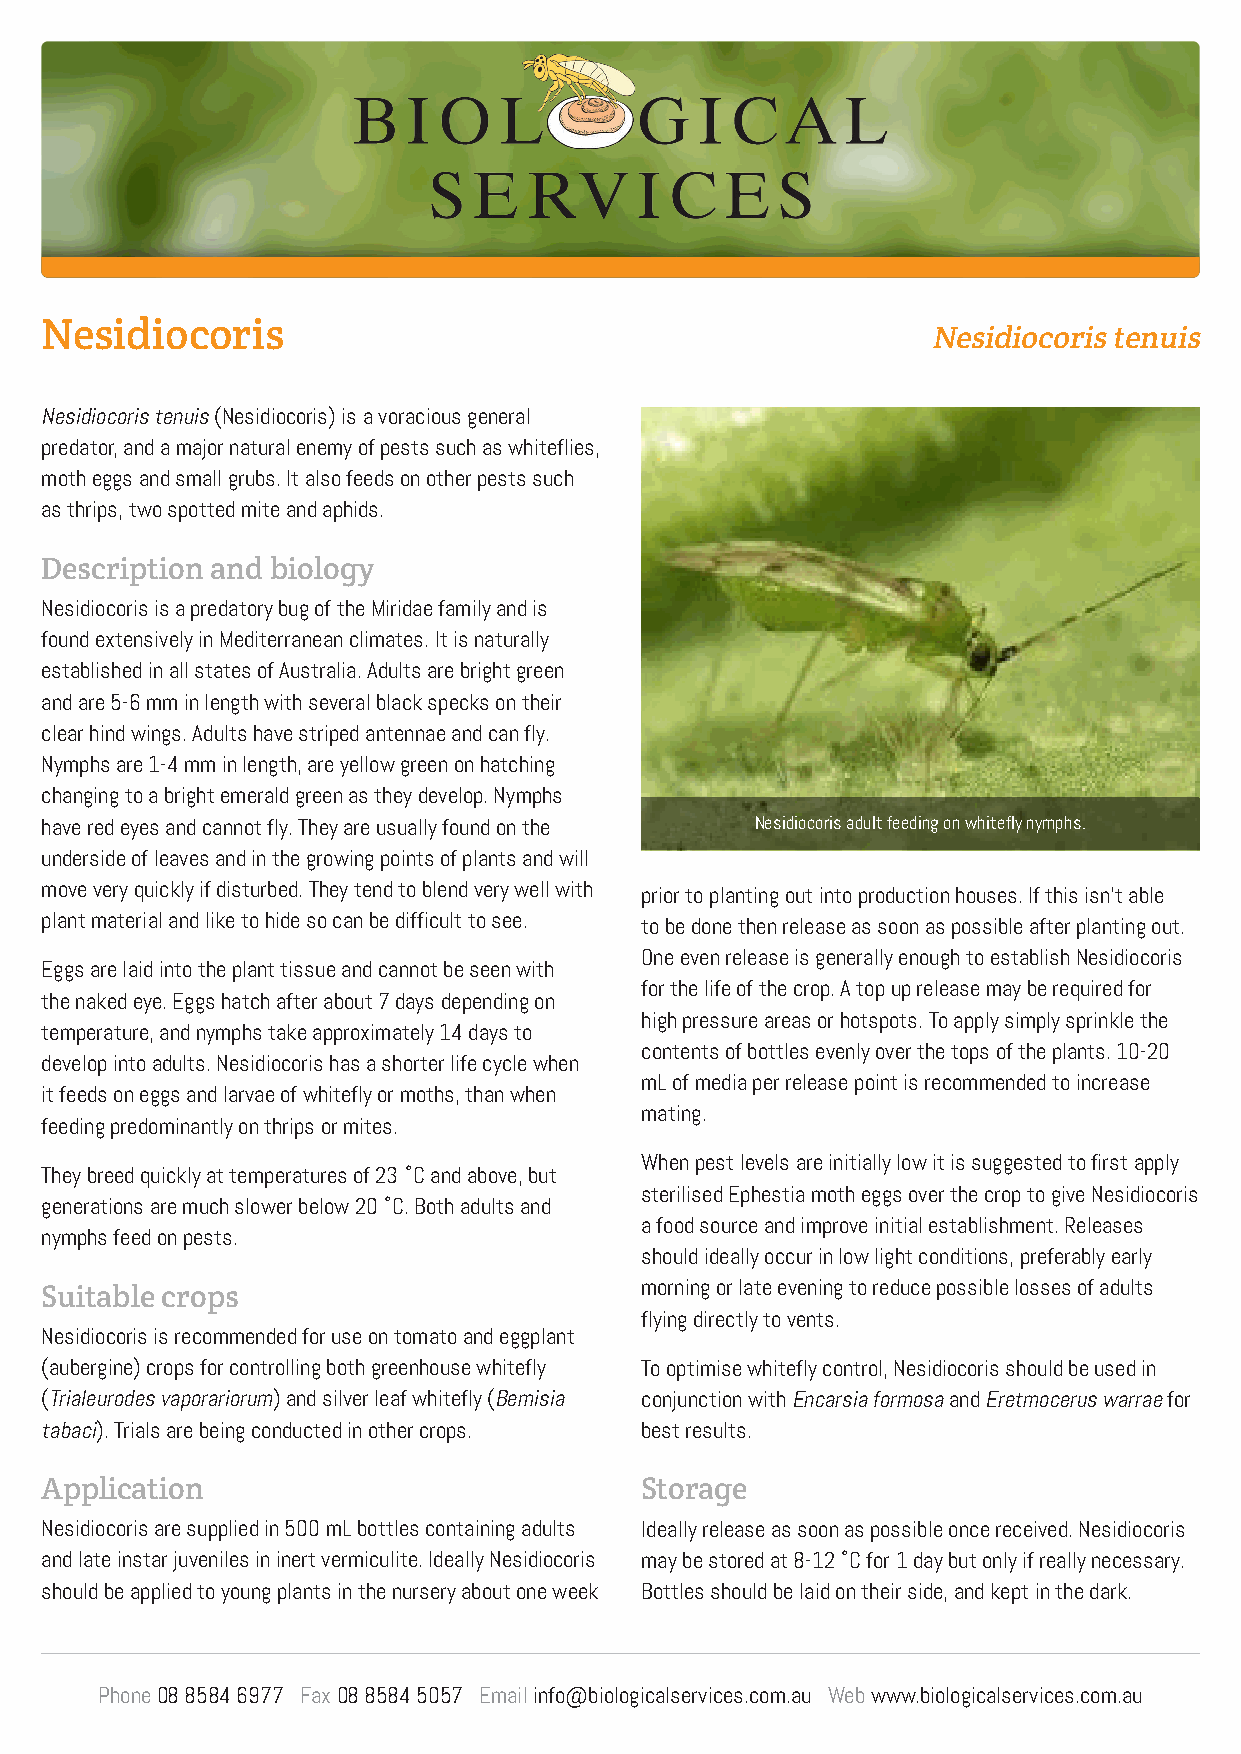
Nesidiocoris
 Nesidiocoris tenuis
 Nesidiocoris tenuis (Nesidiocoris) is a voracious general
 predator, and a major natural enemy of pests such as whiteflies,
 moth eggs and small grubs. It also feeds on other pests such
 as thrips, two spotted mite and aphids.
 Description and biology
 Nesidiocoris is a predatory bug of the Miridae family and is
 found extensively in Mediterranean climates. It is naturally
 established in all states of Australia. Adults are bright green
 and are 5-6 mm in length with several black specks on their
 clear hind wings. Adults have striped antennae and can fly.
 Nymphs are 1-4 mm in length, are yellow green on hatching
 changing to a bright emerald green as they develop. Nymphs
 have red eyes and cannot fly. They are usually found on the Nesidiocoris adult feeding on whitefly nymphs.
 underside of leaves and in the growing points of plants and will
 move very quickly if disturbed. They tend to blend very well with prior to planting out into production houses. If this isn’t able
 plant material and like to hide so can be difficult to see. to be done then release as soon as possible after planting out.
 One even release is generally enough to establish Nesidiocoris
 Eggs are laid into the plant tissue and cannot be seen with
 for the life of the crop. A top up release may be required for
 the naked eye. Eggs hatch after about 7 days depending on
 high pressure areas or hotspots. To apply simply sprinkle the
 temperature, and nymphs take approximately 14 days to
 contents of bottles evenly over the tops of the plants. 10-20
 develop into adults. Nesidiocoris has a shorter life cycle when
 mL of media per release point is recommended to increase
 it feeds on eggs and larvae of whitefly or moths, than when
 mating.
 feeding predominantly on thrips or mites.
 When pest levels are initially low it is suggested to first apply
 They breed quickly at temperatures of 23 ˚C and above, but
 sterilised Ephestia moth eggs over the crop to give Nesidiocoris
 generations are much slower below 20 ˚C. Both adults and
 a food source and improve initial establishment. Releases
 nymphs feed on pests.
 should ideally occur in low light conditions, preferably early
 Suitable crops                         morning or late evening to reduce possible losses of adults
 flying directly to vents.
 Nesidiocoris is recommended for use on tomato and eggplant
 (aubergine) crops for controlling both greenhouse whitefly To optimise whitefly control, Nesidiocoris should be used in
 (Trialeurodes vaporariorum) and silver leaf whitefly (Bemisia conjunction with Encarsia formosa and Eretmocerus warrae for
 tabaci). Trials are being conducted in other crops. best results.
 Application                            Storage
 Nesidiocoris are supplied in 500 mL bottles containing adults Ideally release as soon as possible once received. Nesidiocoris
 and late instar juveniles in inert vermiculite. Ideally Nesidiocoris may be stored at 8-12 ˚C for 1 day but only if really necessary.
 should be applied to young plants in the nursery about one week Bottles should be laid on their side, and kept in the dark.
 Phone 08 8584 6977 Fax 08 8584 5057 Email info@biologicalservices.com.au Web www.biologicalservices.com.au